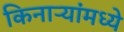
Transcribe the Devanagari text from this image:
किनाऱ्यांमध्ये